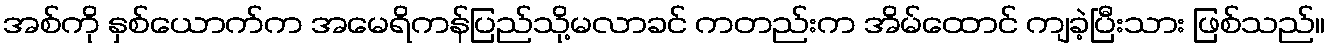
အစ်ကို နှစ်ယောက်က အမေရိကန်ပြည်သို့မလာခင် ကတည်းက အိမ်ထောင် ကျခဲ့ပြီးသား ဖြစ်သည်။